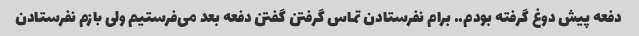
دفعه پیش دوغ گرفته بودم.. برام نفرستادن تماس گرفتن گفتن دفعه بعد می‌فرستیم ولی بازم نفرستادن